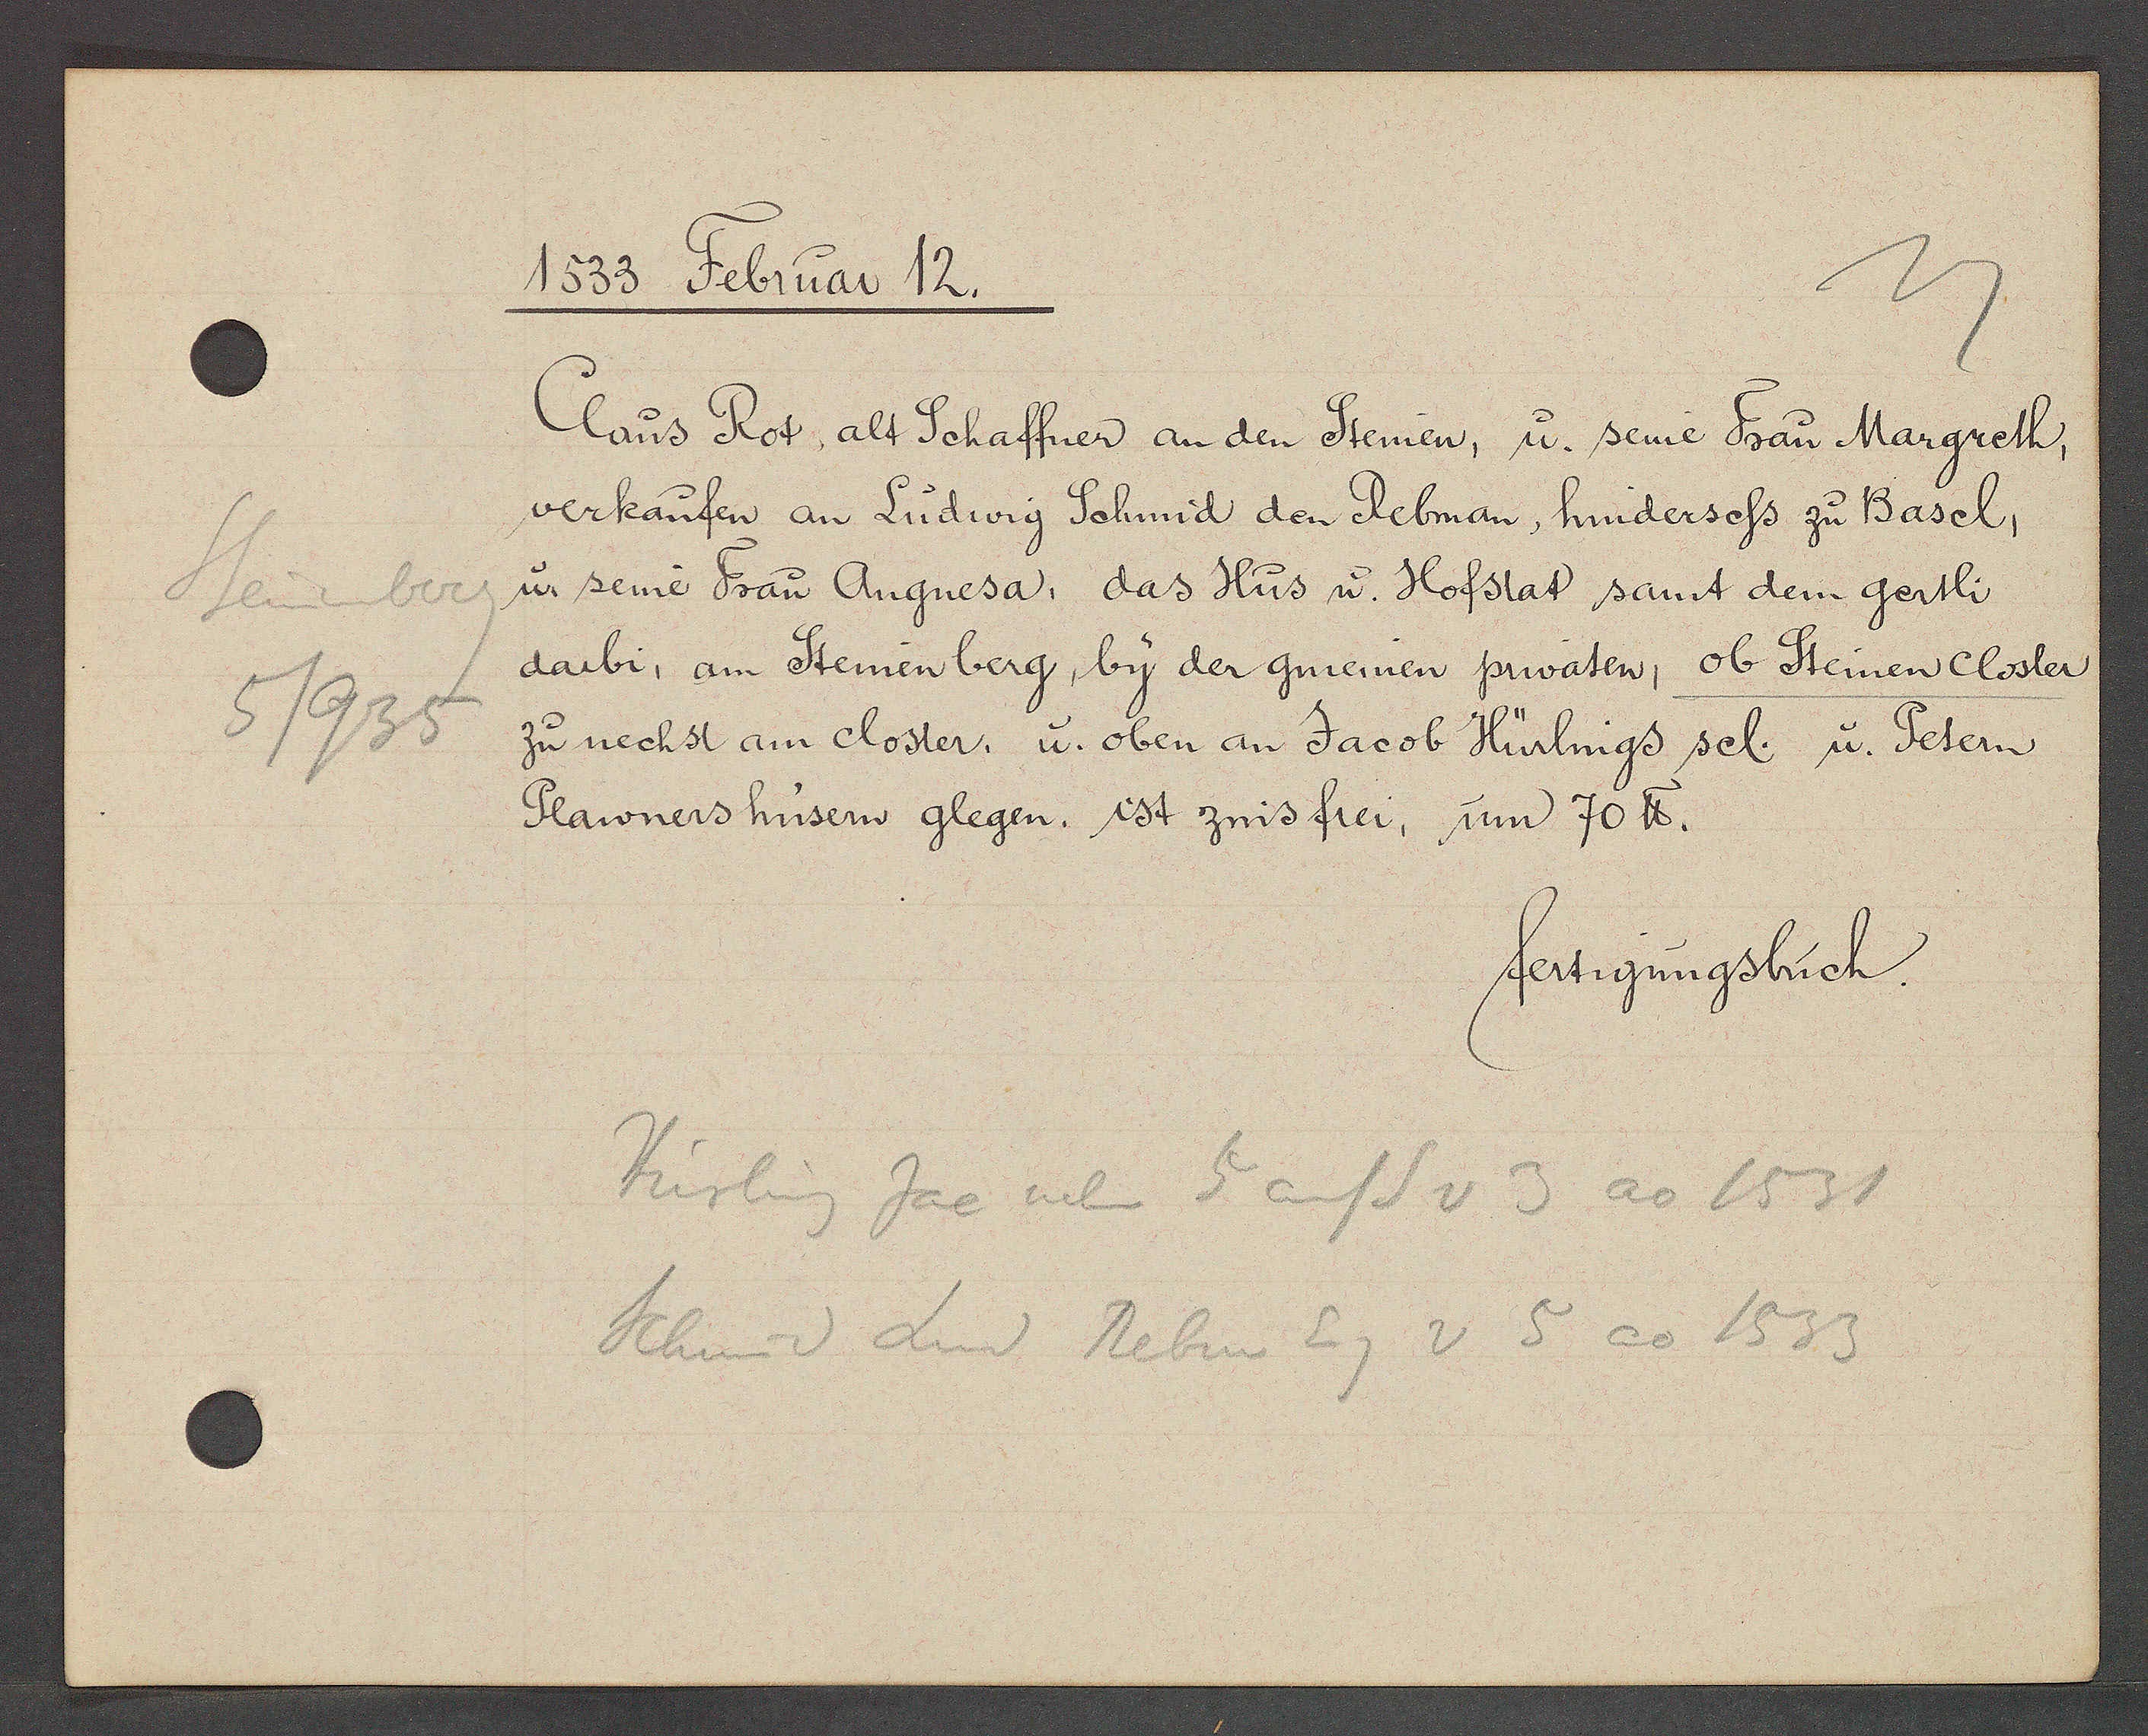
Transcript:
Steinenberg
5/935

1533. Februar 12.

Claus Rot, alt Schaffner an den Steinen, u. seine Frau Margreth,
verkaufen an Ludwig Schmid den Rebman, hindersess zu Basel,
u seine Frau Angnesa, das Hus u. Hofstat samt dem gertli
darbi, am Steinenberg, by der gmeinen privaten, ob Steinen Closter
zu nechst am Closter, u. oben an Jacob Hürlings sel. u. Petern
Plawners husern glegen. ist zins frei, um 70 ℔.

fertigungsbuch.

Hürlig Jac neben 5 auf S v 3 ao 1531
Schmid Lud Rebm Eg v 5 ao 1533